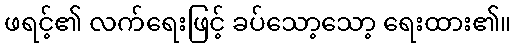
ဖရင့်၏ လက်ရေးဖြင့် ခပ်သော့သော့ ရေးထား၏။